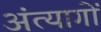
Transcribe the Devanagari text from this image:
अंत्यागों